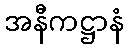
အနီကဋ္ဌာနံ